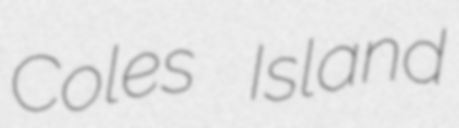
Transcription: Coles Island